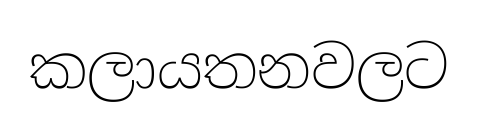
කලායතනවලට